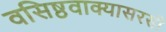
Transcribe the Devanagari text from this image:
वसिष्ठवाक्यासरसी